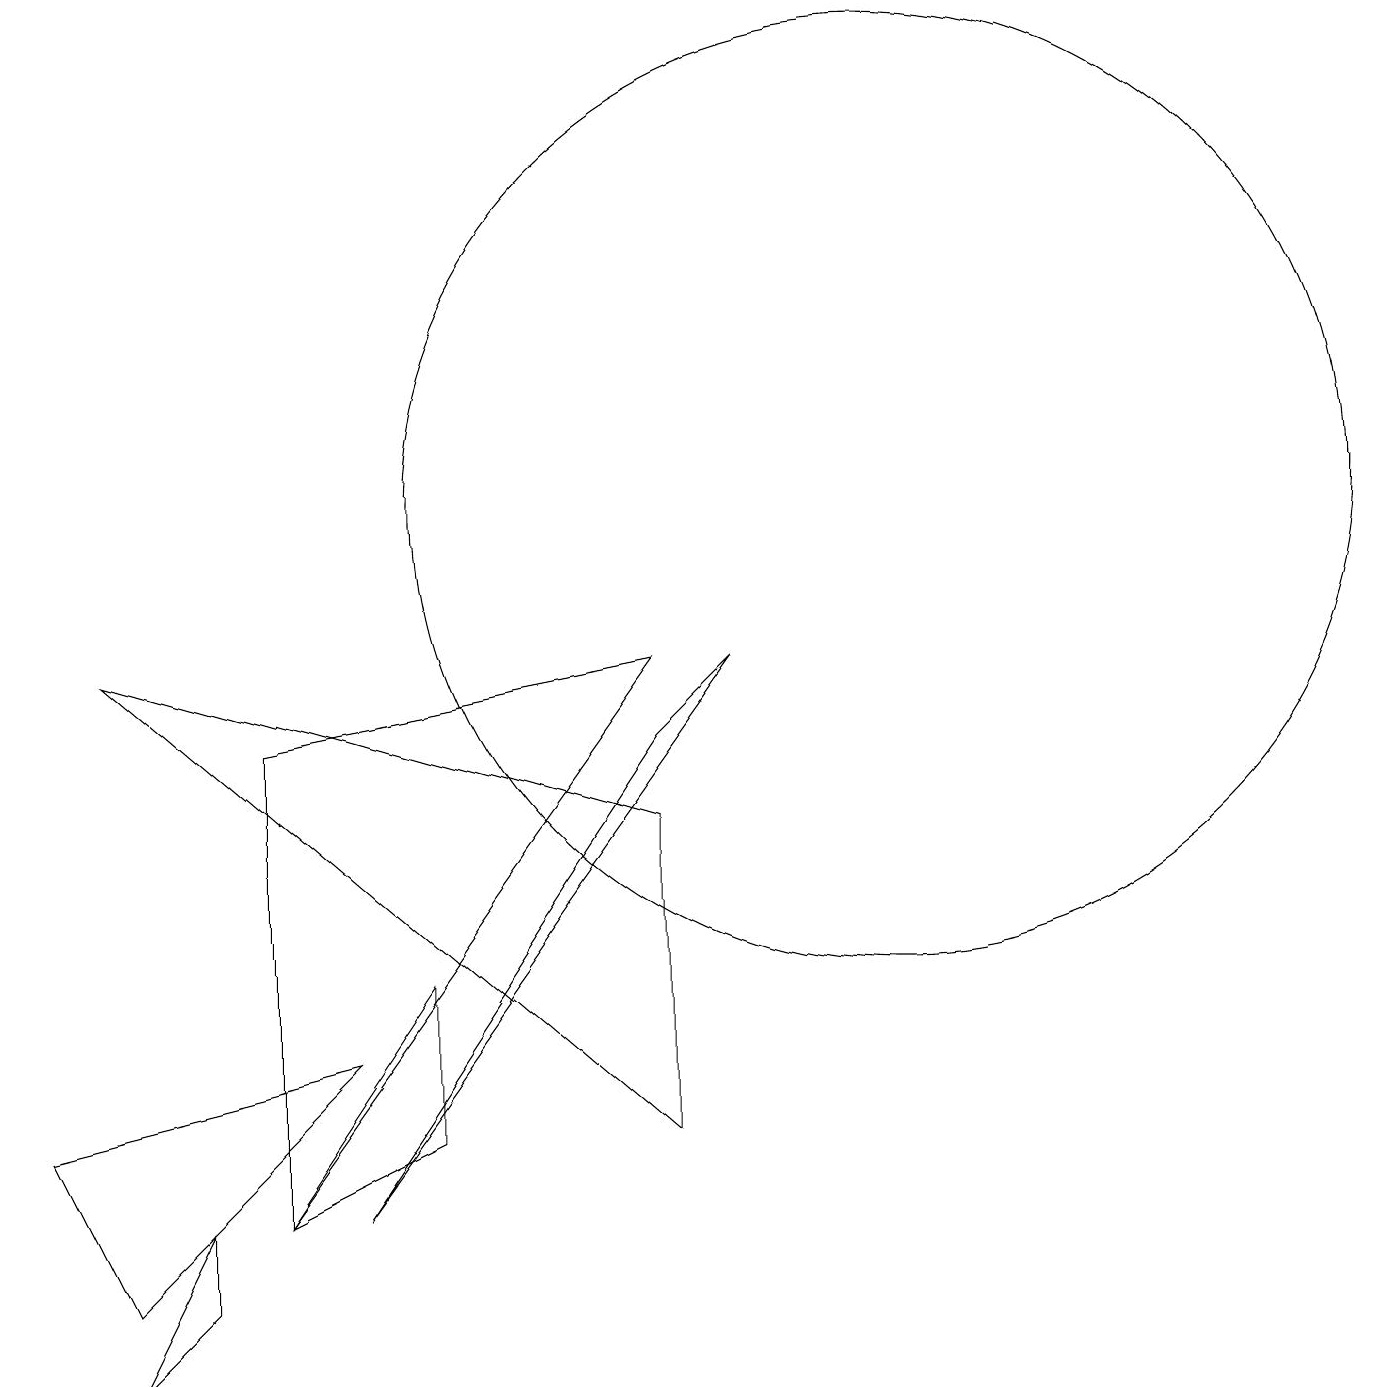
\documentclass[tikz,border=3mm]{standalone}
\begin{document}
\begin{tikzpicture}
\draw (2,1) -- (1,0) -- (2,2) -- cycle;
\draw (3,8) -- (8,9) -- (3,2) -- cycle;
\draw (0,3) -- (4,4) -- (1,1) -- cycle;
\draw (4,2) -- (8,8) -- (9,9) -- cycle;
\draw (8,3) -- (8,7) -- (1,9) -- cycle;
\draw (5,3) -- (3,2) -- (5,5) -- cycle;
\draw (11,11) circle (6);
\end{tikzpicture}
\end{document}